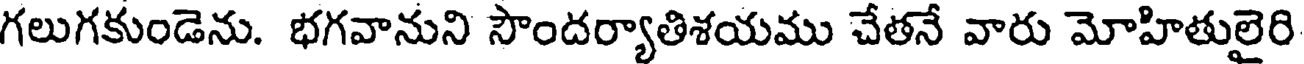
గలుగకుండెను. భగవానుని సౌందర్యాతిశయము చేతనే వారు మోహితులైరి